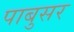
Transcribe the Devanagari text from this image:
पाबुसर